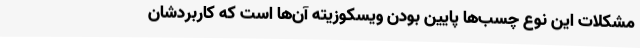
مشکلات این نوع چسب‌ها پایین بودن ویسکوزیته آن‌ها است که کاربردشان